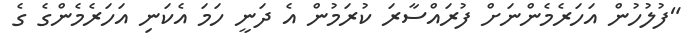
"ފުލުހުން އަހަރެމެންނަށް ފުރައްސާރަ ކުރަމުން އެ ދަނީ ހަމަ އެކަނި އަހަރެމެންގެ ގެ